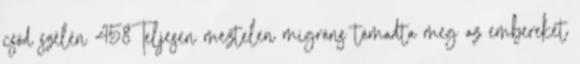
csőd szélén 458Teljesen meztelen migráns támadta meg az embereket